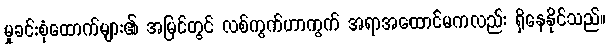
မှုခင်းစုံထောက်များ၏ အမြင်တွင် လစ်ကွက်ဟာကွက် အရာအထောင်မကလည်း ရှိနေနိုင်သည်။